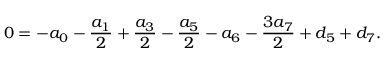
0 = - { a _ { 0 } } - { \frac { a _ { 1 } } { 2 } } + { \frac { a _ { 3 } } { 2 } } - { \frac { a _ { 5 } } { 2 } } - { a _ { 6 } } - { \frac { 3 a _ { 7 } } { 2 } } + { d _ { 5 } } + { d _ { 7 } } .